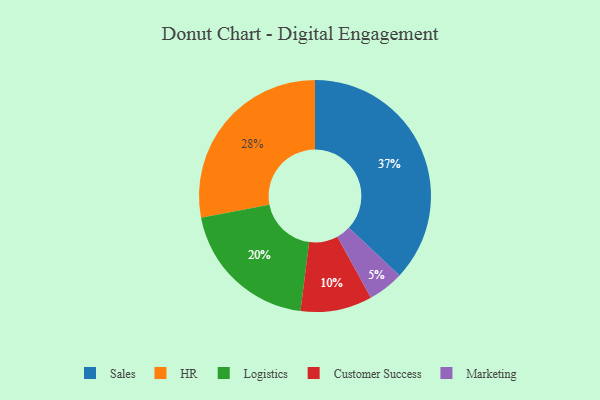
{"axis": {"x": "Category", "y": "Percentage"}, "legend": ["Customer Success", "HR", "Logistics", "Marketing", "Sales"], "data": [{"x": "HR", "y": 28, "type": "HR"}, {"x": "Sales", "y": 37, "type": "Sales"}, {"x": "Logistics", "y": 20, "type": "Logistics"}, {"x": "Customer Success", "y": 10, "type": "Customer Success"}, {"x": "Marketing", "y": 5, "type": "Marketing"}]}